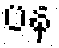
ပန